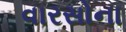
વારસોના